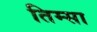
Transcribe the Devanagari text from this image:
तिम्सा